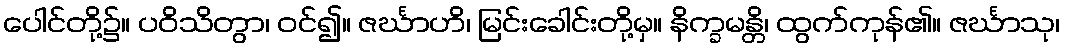
ပေါင်တို့၌။ ပဝိသိတွာ၊ ဝင်၍။ ဇင်္ဃာဟိ၊ မြင်းခေါင်းတို့မှ။ နိက္ခမန္တိ၊ ထွက်ကုန်၏။ ဇင်္ဃာသု၊